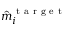
\hat { m } _ { i } ^ { \mathrm { ~ t ~ a ~ r ~ g ~ e ~ t ~ } }